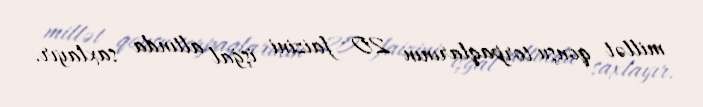
millət qonşu torpaqlarının 20 faizini işğal altında saxlayır.